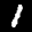
Label: 1